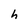
Character: h